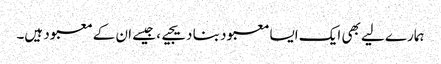
ہمارے لیے بھی ایک ایسا معبود بنا دیجیے، جیسے ان کے معبود ہیں۔